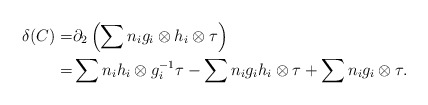
\begin{align*} \delta (C)= & \partial_2\left( \sum n_i g_i\otimes h_i\otimes \tau \right)\\= &\sum n_i h_i\otimes g_i^{-1}\tau-\sum n_i g_i h_i \otimes \tau +\sum n_ig_i\otimes \tau. \end{align*}